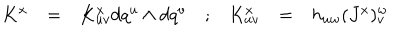
\begin{array} { c c c c c c c } { { K ^ { x } } } & { { = } } & { { K _ { u v } ^ { x } d q ^ { u } \wedge d q ^ { v } } } & { { ; } } & { { K _ { u v } ^ { x } } } & { { = } } & { { h _ { u w } ( J ^ { x } ) _ { v } ^ { w } } } \\ \end{array}